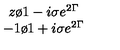
\begin{array} { c } { { z \o { 1 - i \sigma e ^ { 2 \Gamma } } } } \\ { { - 1 \o { 1 + i \sigma e ^ { 2 \Gamma } } } } \\ \end{array}